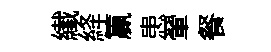
纎絳籯患翬餐